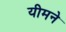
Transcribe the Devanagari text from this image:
यीमने